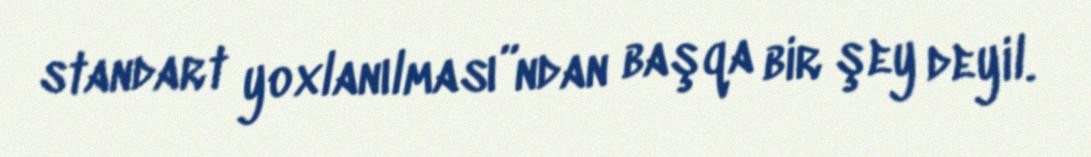
standart yoxlanılması”ndan başqa bir şey deyil.